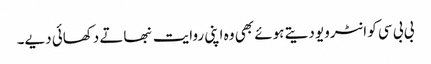
بی بی سی کو انٹرویو دیتے ہوئے بھی وہ اپنی روایت نبھاتے دکھائی دیے۔